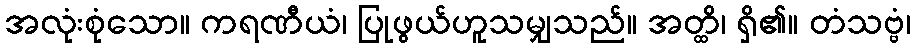
အလုံးစုံသော။ ကရဏီယံ၊ ပြုဖွယ်ဟူသမျှသည်။ အတ္ထိ၊ ရှိ၏။ တံသဗ္ဗံ၊